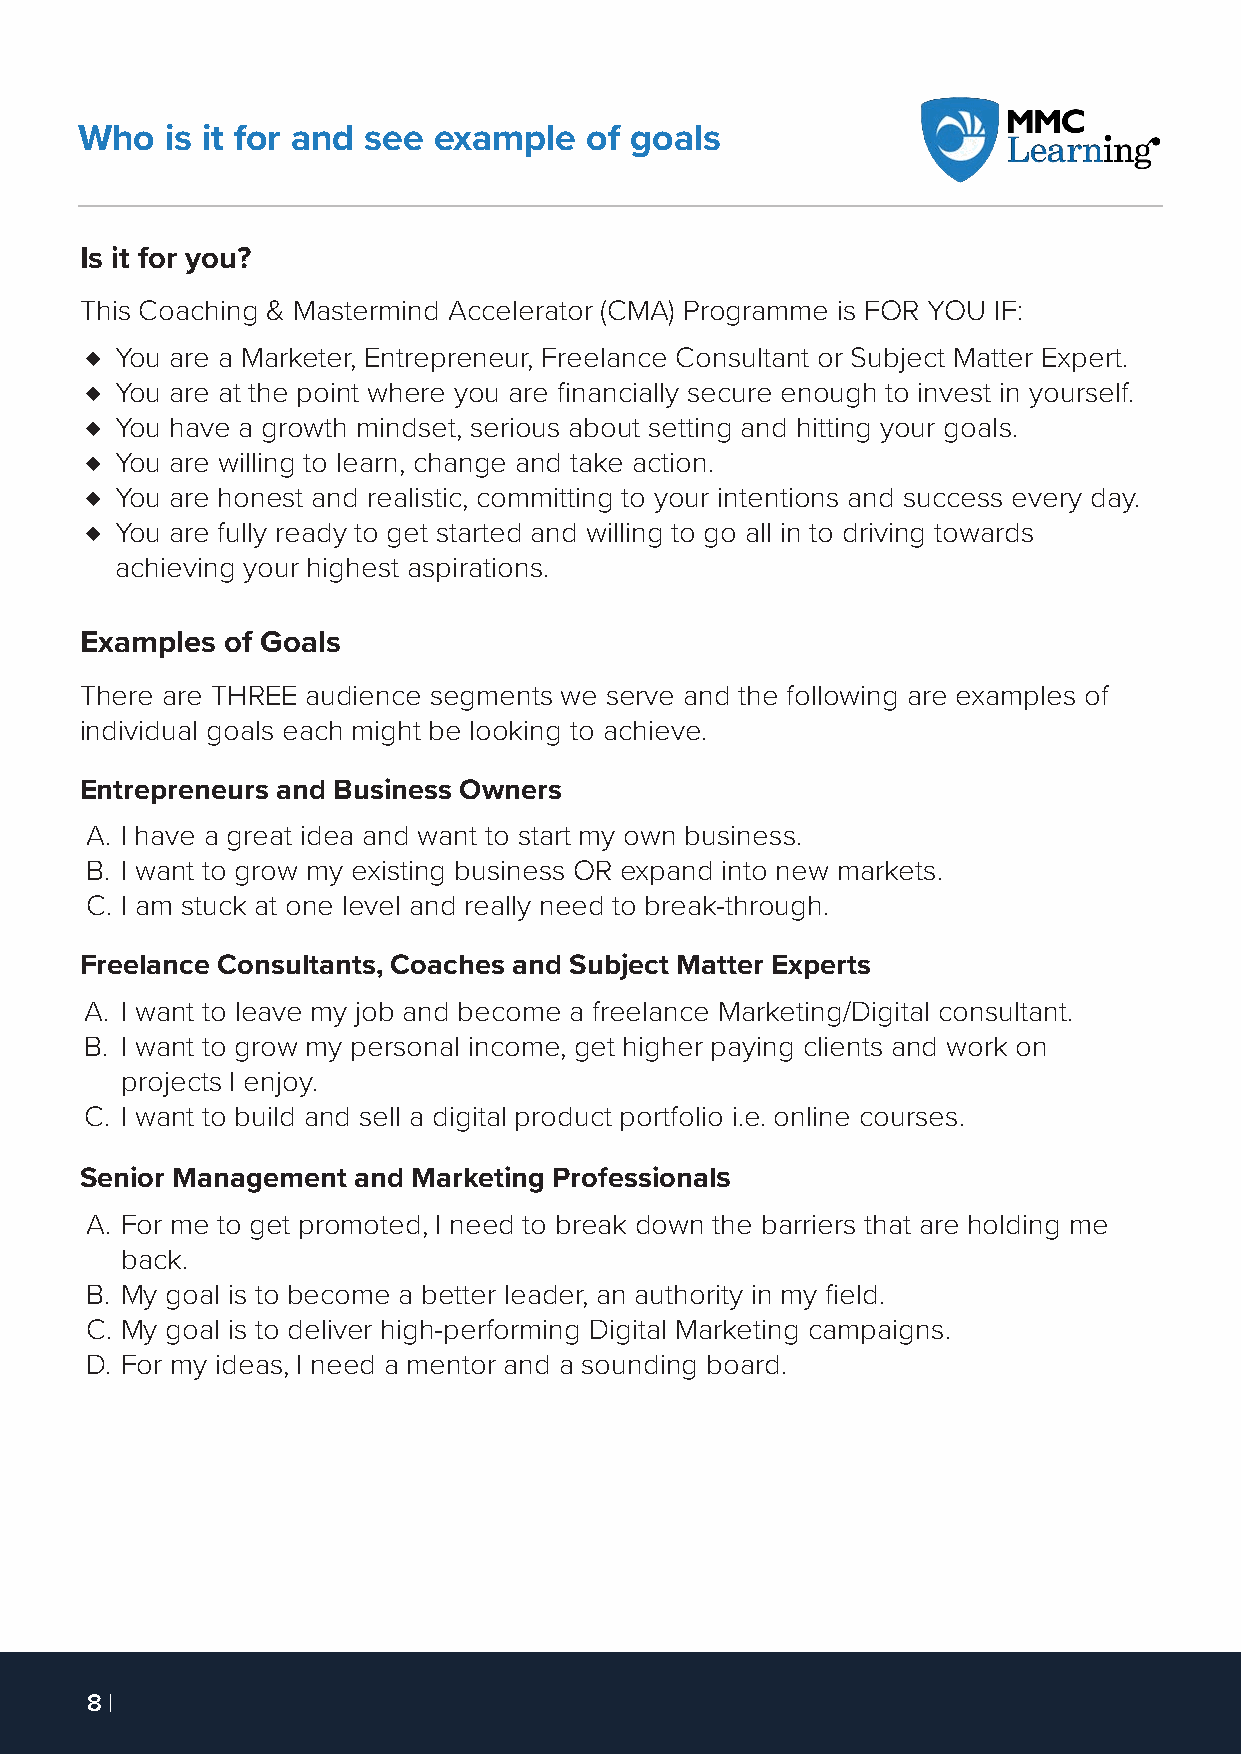
Who   is it for and see example   of goals
 Is it for you?
 This Coaching & Mastermind Accelerator (CMA) Programme is FOR YOU IF:
 ♦ You are a Marketer, Entrepreneur, Freelance Consultant or Subject Matter Expert.
 ♦ You are at the point where you are financially secure enough to invest in yourself.
 ♦ You have a growth mindset, serious about setting and hitting your goals.
 ♦ You are willing to learn, change and take action.
 ♦ You are honest and realistic, committing to your intentions and success every day.
 ♦ You are fully ready to get started and willing to go all in to driving towards
 achieving your highest aspirations.
 Examples  of Goals
 There are THREE audience segments we serve and the following are examples of
 individual goals each might be looking to achieve.
 Entrepreneurs and Business Owners
 A. I have a great idea and want to start my own business.
 B. I want to grow my existing business OR expand into new markets.
 C. I am stuck at one level and really need to break-through.
 Freelance Consultants, Coaches and Subject Matter Experts
 A. I want to leave my job and become a freelance Marketing/Digital consultant.
 B. I want to grow my personal income, get higher paying clients and work on
 projects I enjoy.
 C. I want to build and sell a digital product portfolio i.e. online courses.
 Senior Management and Marketing Professionals
 A. For me to get promoted, I need to break down the barriers that are holding me
 back.
 B. My goal is to become a better leader, an authority in my field.
 C. My goal is to deliver high-performing Digital Marketing campaigns.
 D. For my ideas, I need a mentor and a sounding board.
 8 |